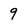
Character: 9